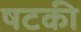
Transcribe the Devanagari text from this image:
षटकी